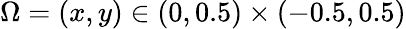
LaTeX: \Omega=(x,y)\in(0,0.5)\times(-0.5,0.5)